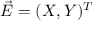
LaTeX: { \vec { E } } = ( X , Y ) ^ { T }